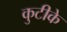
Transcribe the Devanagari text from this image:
कुटीके